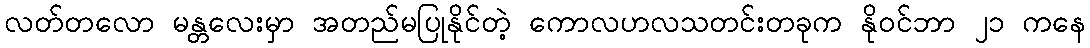
လတ်တလော မန္တလေးမှာ အတည်မပြုနိုင်တဲ့ ကောလဟလသတင်းတခုက နိုဝင်ဘာ ၂၁ ကနေ